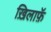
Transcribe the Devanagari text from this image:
ख़िलाफ़ॅ